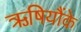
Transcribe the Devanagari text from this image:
ऋषियौंके